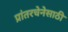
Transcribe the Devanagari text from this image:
प्रांतरचेनेसाठी